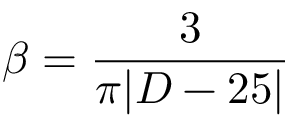
\beta = { \frac { 3 } { \pi | { \cal D } - 2 5 | } }